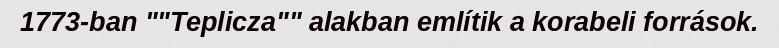
1773-ban ""Teplicza"" alakban említik a korabeli források.